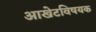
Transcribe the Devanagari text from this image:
आखेटविषयक